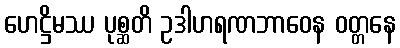
ဟေဋ္ဌိမဿ ပုစ္ဆတိ ဥဒါဟရဏဘာဝေန ဝတ္တနေ